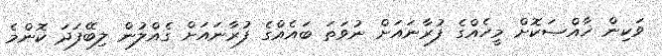
ވަކިން ޚާއްޞަކޮށް މީހެއްގެ ފުރާނައަށް ނުވަތަ ބައެއްގެ ފުރާނައަށް ގެއްލުން ލިބޭފަދަ ކޮންމެ